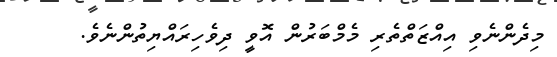
މިދެންނެވި އިއްޒަތްތެރި މެމްބަރުން އޮވީ ދިވެހިރައްޔިތުންނެވެ.